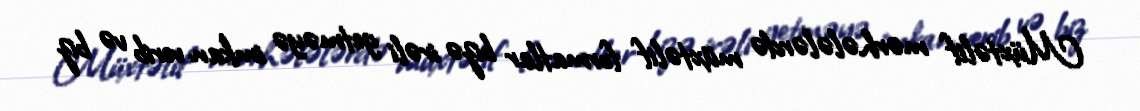
Müxtəlif mərhələlərdə müxtəlif formatlar bizə irəli getməyə imkan verib və biz